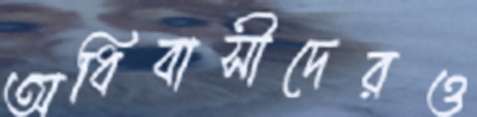
অধিবাসীদেরও